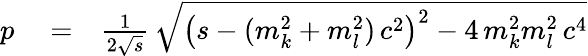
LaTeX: \begin{array}{rlr}{p}&{{}=}&{\frac{1}{2\sqrt{s}}\, \sqrt{\left(s-(m_{k}^{2}+m_{l}^{2})\, c^{2}\right)^{2}-4\, m_{k}^{2}m_{l}^{2}\, c^{4}}}\end{array}